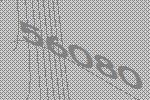
56080